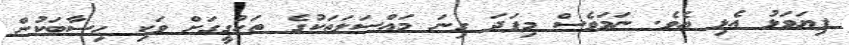
ފިޔަވަޅު އެޅި އެވެ. ނަމަވެސް މިފަދަ ގިނަ މައްސަލަތަކުގެ ތަހުގީގަށް ވަކި ހިސާބަކުން